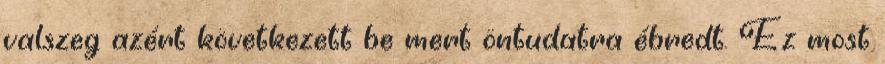
valszeg azért következett be mert öntudatra ébredt. Ez most